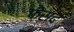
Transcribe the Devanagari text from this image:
फ़ेसद